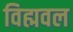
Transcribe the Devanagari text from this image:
विह्मवल